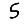
Digit: 5